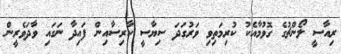
ރިއާސީ ލޯންޗުގެ ގޮވުމާއެކު ކުރިމަތިވި ވަރުގަދަ ސިޔާސީ ކާރިސާއިން ފައިދާ ނަގައި ވާދަވެރީން